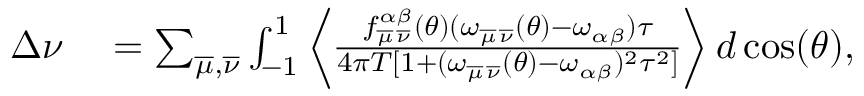
\begin{array} { r l } { \Delta \nu } & { { } = \sum _ { \overline { { \mu } } , \overline { { \nu } } } \int _ { - 1 } ^ { 1 } \left\langle \frac { f _ { \overline { { \mu } } \, \overline { { \nu } } } ^ { \alpha \beta } ( \theta ) ( \omega _ { \overline { { \mu } } \, \overline { { \nu } } } ( \theta ) - \omega _ { \alpha \beta } ) \tau } { 4 \pi T [ 1 + ( \omega _ { \overline { { \mu } } \, \overline { { \nu } } } ( \theta ) - \omega _ { \alpha \beta } ) ^ { 2 } \tau ^ { 2 } ] } \right\rangle d \cos ( \theta ) , } \end{array}